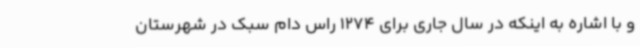
و با اشاره به اینکه در سال جاری برای 1274 راس دام سبک در شهرستان